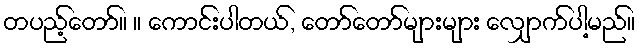
တပည့်တော်။ ။ ကောင်းပါတယ်, တော်တော်များများ လျှောက်ပါ့မည်။